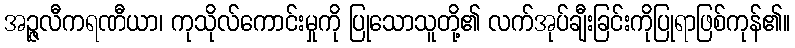
အဉ္ဇလီကရဏီယာ၊ ကုသိုလ်ကောင်းမှုကို ပြုသောသူတို့၏ လက်အုပ်ချီးခြင်းကိုပြုရာဖြစ်ကုန်၏။